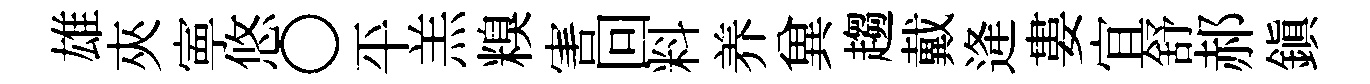
雄夾寕悠〇平羔糗害回料养兾趨戴逄婁宜舒郝鎮